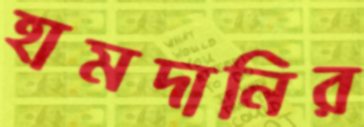
হামদানির